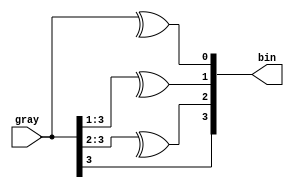
// 
// Copyright (c) 2011, Daniel Strother < http://danstrother.com/ >
// All rights reserved.
// 
// Redistribution and use in source and binary forms, with or without
// modification, are permitted provided that the following conditions are met:
//   - Redistributions of source code must retain the above copyright notice,
//     this list of conditions and the following disclaimer.
//   - Redistributions in binary form must reproduce the above copyright
//     notice, this list of conditions and the following disclaimer in the
//     documentation and/or other materials provided with the distribution.
//   - The name of the author may not be used to endorse or promote products
//     derived from this software without specific prior written permission.
// 
// THIS SOFTWARE IS PROVIDED BY THE AUTHOR "AS IS" AND ANY EXPRESS OR IMPLIED
// WARRANTIES, INCLUDING, BUT NOT LIMITED TO, THE IMPLIED WARRANTIES OF
// MERCHANTABILITY AND FITNESS FOR A PARTICULAR PURPOSE ARE DISCLAIMED. IN NO
// EVENT SHALL THE AUTHOR BE LIABLE FOR ANY DIRECT, INDIRECT, INCIDENTAL,
// SPECIAL, EXEMPLARY, OR CONSEQUENTIAL DAMAGES (INCLUDING, BUT NOT LIMITED
// TO, PROCUREMENT OF SUBSTITUTE GOODS OR SERVICES; LOSS OF USE, DATA, OR
// PROFITS; OR BUSINESS INTERRUPTION) HOWEVER CAUSED AND ON ANY THEORY OF
// LIABILITY, WHETHER IN CONTRACT, STRICT LIABILITY, OR TORT (INCLUDING
// NEGLIGENCE OR OTHERWISE) ARISING IN ANY WAY OUT OF THE USE OF THIS
// SOFTWARE, EVEN IF ADVISED OF THE POSSIBILITY OF SUCH DAMAGE.
//

// Module Description:
// Converts gray code to binary.

module dlsc_gray2bin #(
    parameter BITS = 4
) (
    input   wire    [BITS-1:0]  gray,
    output  wire    [BITS-1:0]  bin
);

genvar j;

generate
    for(j=0;j<BITS;j=j+1) begin:GEN_OUT
        assign bin[j] = ^gray[BITS-1:j];
    end
endgenerate

endmodule